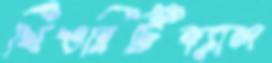
থিওরিটিক্যাল